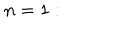
LaTeX: n = 1 : \quad